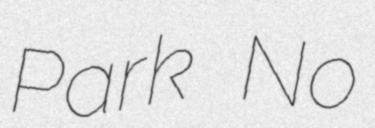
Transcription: Park No